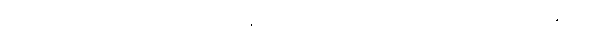
၇၇၉၄ သည် ကိုက်ငါးဆယ် အချင်းရှိ ကျောက်တုံးကြီးဖြစ်ပြီး၊ ၁၉၉၇ ခုနှစ်တွင်